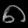
Digit: ၈